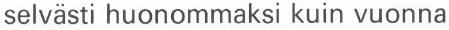
selvästi huonommaksi kuin vuonna